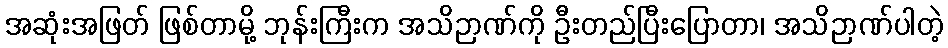
အဆုံးအဖြတ် ဖြစ်တာမို့ ဘုန်းကြီးက အသိဉာဏ်ကို ဦးတည်ပြီးပြောတာ၊ အသိဉာဏ်ပါတဲ့